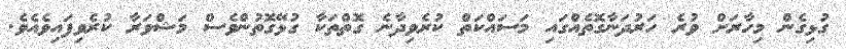
ގުޅިގެން މިހާރަށް ވުރެ ހަރުދަނާގޮތެއްގައި މަސައްކަތް ކުރެވިދާނެ ގޮތްތަކާ ގުޅޭގޮތުންވެސް މަޝްވަރާ ކުރެވިފައިވެއެވެ.